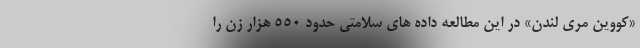
«کووین مری لندن» در این مطالعه داده های سلامتی حدود ۵۵۰ هزار زن را